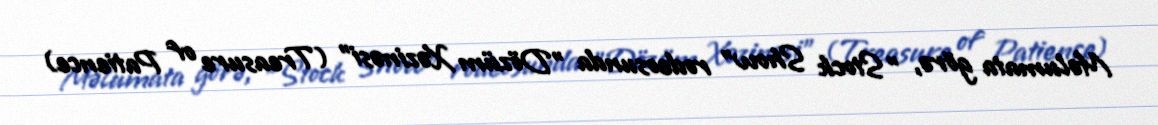
Məlumata görə, "Stock Show" rodeosunda "Dözüm Xəzinəsi" (Treasure of Patience)